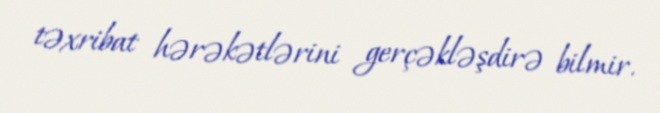
təxribat hərəkətlərini gerçəkləşdirə bilmir.